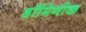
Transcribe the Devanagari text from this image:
डॉमिनीक